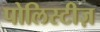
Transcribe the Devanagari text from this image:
पोलिस्टीज़